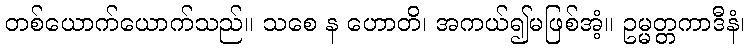
တစ်ယောက်ယောက်သည်။ သစေ န ဟောတိ၊ အကယ်၍မဖြစ်အံ့။ ဥမ္မတ္တကာဒီနံ၊